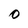
Character: O